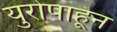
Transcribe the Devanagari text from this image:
युरोपाहून